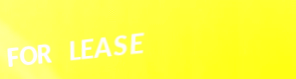
FOR LEASE